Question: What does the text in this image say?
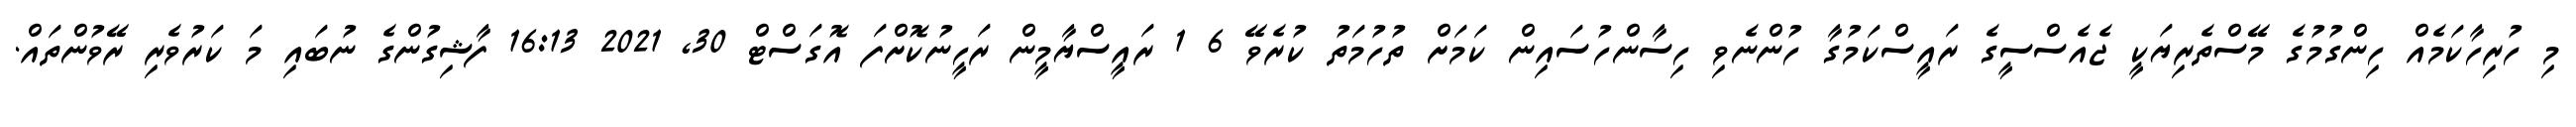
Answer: މި ހުރިހާކަމެއް ހިންގުމުގެ މޭސްތެރިޔަކީ ޖެއެސްސީގެ ރައީސްކަމުގާ ހުންނެވި ހިސާންހުސައިން ކަމަށް ތުހުމަތު ކުރެވޭ 6 1 ރައީސްޔާމީން ރަހީނުކޮށްފަ އޮގަސްޓް 30, 2021 16:13 ފާޝިގުންގެ ނުބައި މަ ކަރުވެރި ރޭވުންތައް.